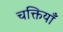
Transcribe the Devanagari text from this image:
चक्तियाँ